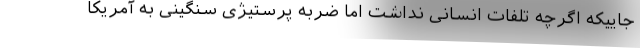
جاییکه اگرچه تلفات انسانی نداشت اما ضربه پرستیژی سنگینی به آمریکا